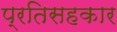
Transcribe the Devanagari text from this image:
प्रतिसहकार